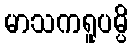
မာသကရူပမ္ပိ